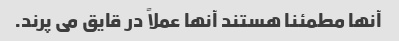
آنها مطمئنا هستند آنها عملاً در قایق می پرند.